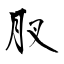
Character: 肞